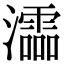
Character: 𤃩